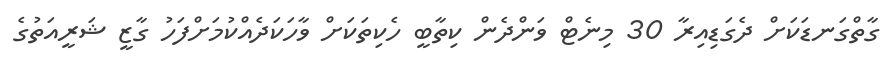
ގާތްގަނޑަކަށް ދެގަޑިއިރާ 30 މިނެޓް ވަންދެން ކިތާބީ ހެކިތަކަށް ވާހަކަދެއްކުމަށްފަހު ގާޒީ ޝަރީއަތުގެ